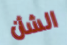
الشأن